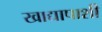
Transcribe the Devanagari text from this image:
खाद्यापाशी